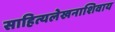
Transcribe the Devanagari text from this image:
साहित्यलेखनाशिवाय